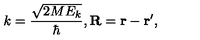
k = \frac { \sqrt { 2 M E _ { k } } } { \hbar } , { \bf R } = { \bf r } - { \bf r } ^ { \prime } ,